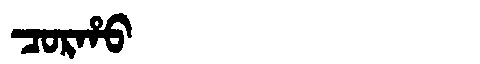
Manchu: ᠴᠣᡵᡥᠣ
Romanization: CORHO